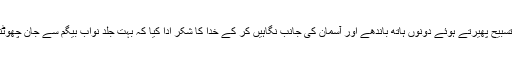
اماں بی نے تسبیح پھیرتے ہوئے دونوں ہاتھ باندھے اور آسمان کی جانب نگاہیں کر کے خدا کا شکر ادا کیا کہ بہت جلد نواب بیگم سے جان چھوٹنے والی ہے۔